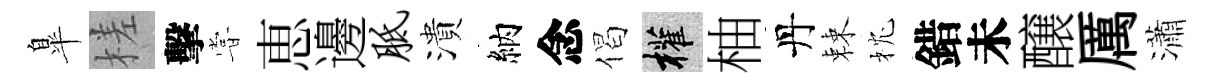
臯槎擊甞恵邊胝潰納念偈權柚丹棘枕錯未醸厲瀟